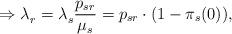
LaTeX: \begin{align*}\Rightarrow \lambda_r^{}=\lambda_s^{} \frac{p_{sr}}{\mu_s} = p_{sr} \cdot (1-\pi_s(0)), \end{align*}